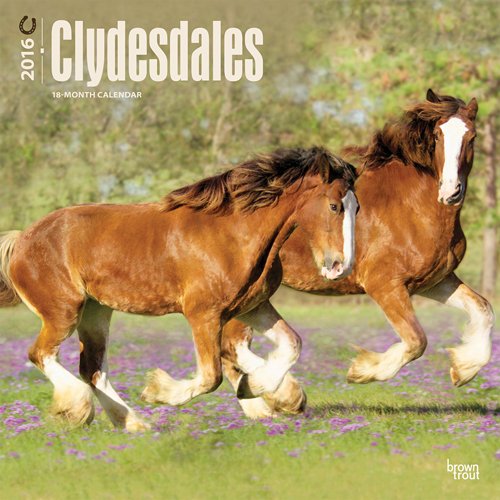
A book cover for Clydesdales 2016 Square 12x12; Browntrout Publishers; Calendars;